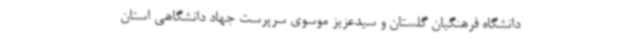
دانشگاه فرهنگیان گلستان و سیدعزیز موسوی سرپرست جهاد دانشگاهی استان